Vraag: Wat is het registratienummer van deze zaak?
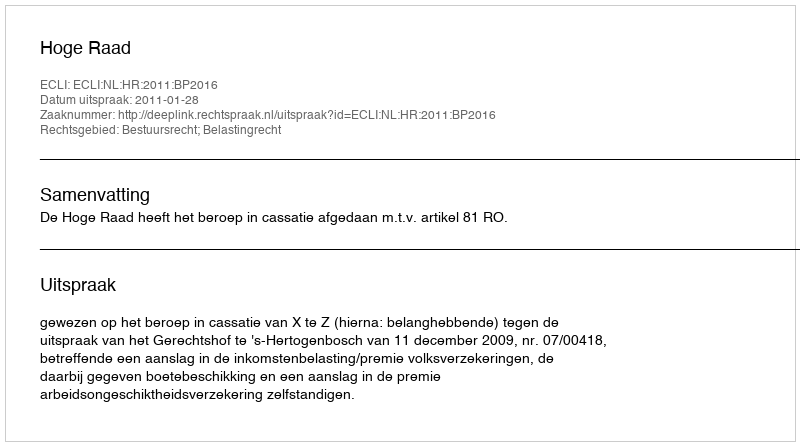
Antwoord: http://deeplink.rechtspraak.nl/uitspraak?id=ECLI:NL:HR:2011:BP2016